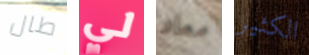
طال لي معاد الكثير